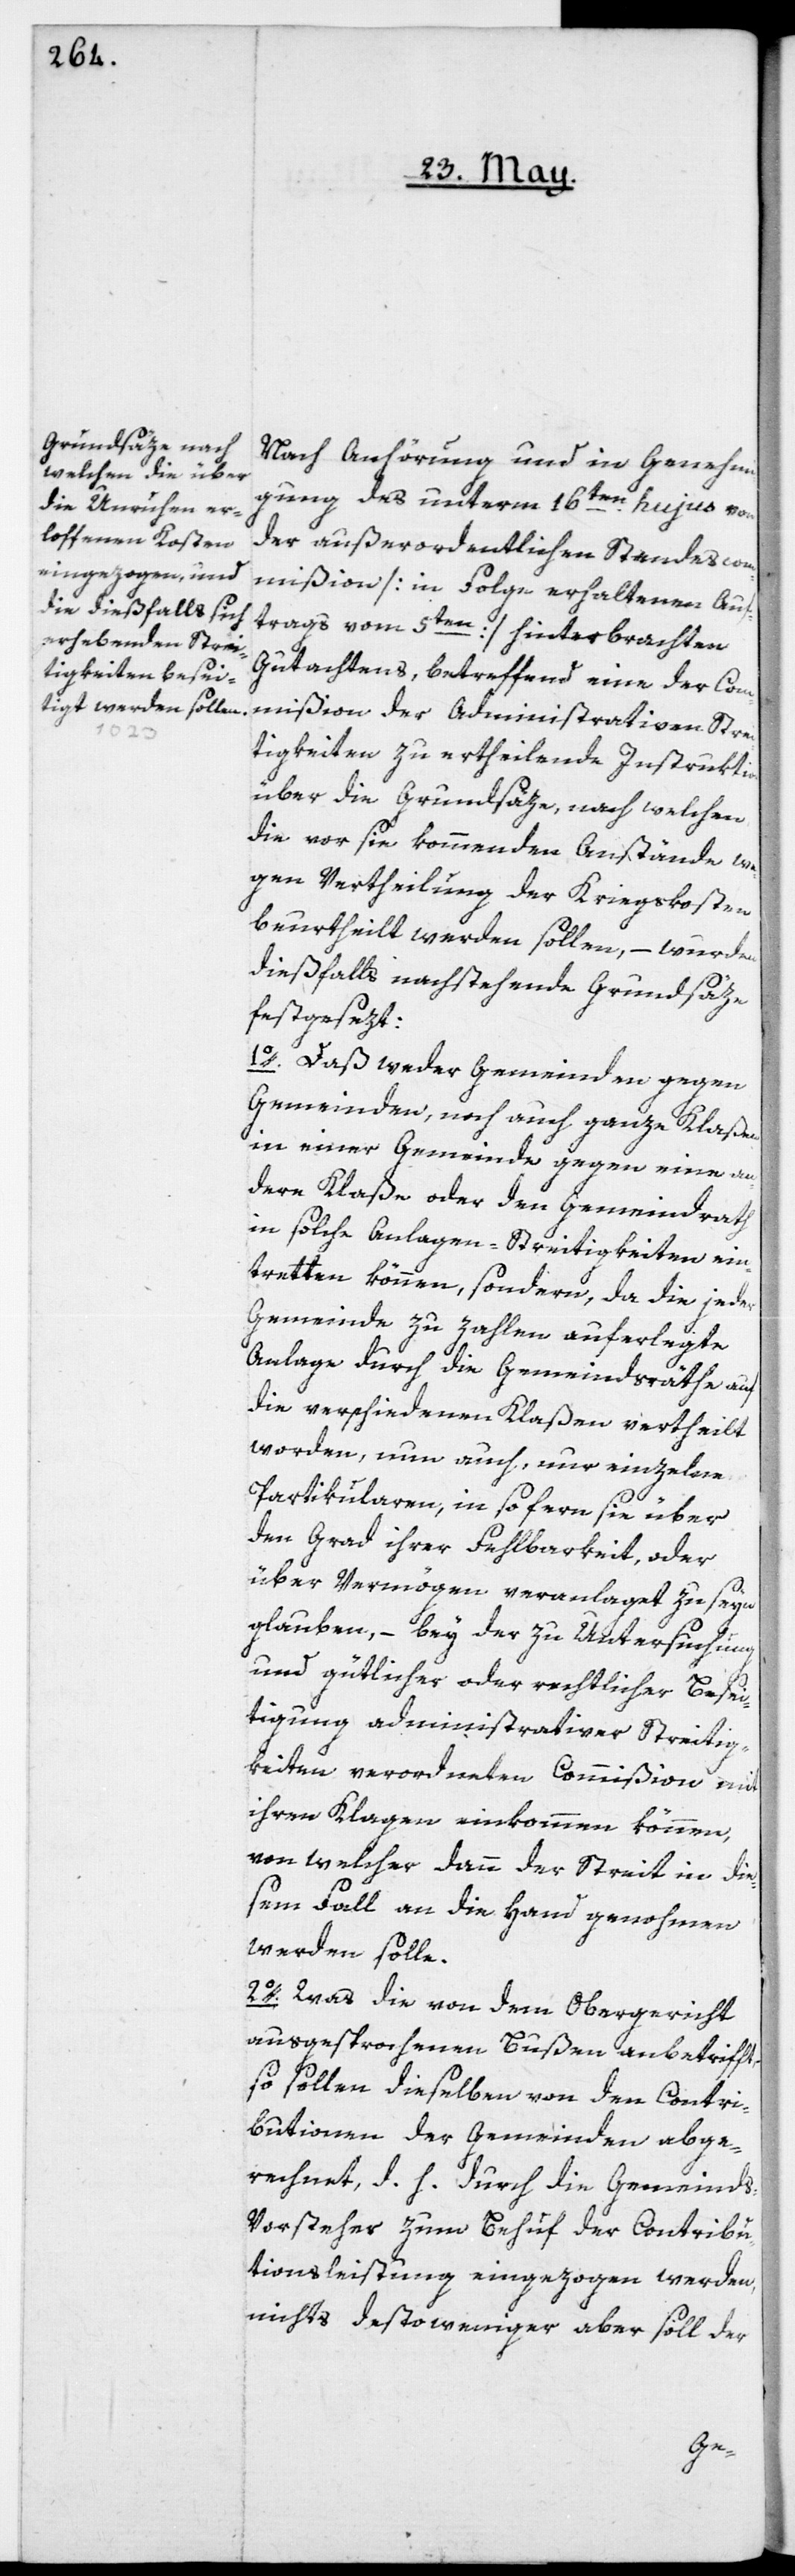
Nach Anhörung und in Genehmi¬
gung des unterm 16ten hujus von
der außerordentlichen Standescom¬
mißion [in Folge erhaltenen Auf¬
trags vom 5ten] hinterbrachten
Gutachtens, betreffend eine der Com¬
mißion der administrativen Stre¬
itigkeiten zu ertheilende Instruktion
über die Grundsäze, nach welchen,
die vor sie kommenden Anstände we¬
gen Vertheilung der Kriegskosten
beurtheilt werden sollen, – wurden
dießfalls nachstehende Grundsäze
festgesezt:
1o. Daß weder Gemeinden gegen
Gemeinden, noch auch ganze Klaßen
in einer Gemeinde gegen eine an¬
dere Klaße oder den Gemeindrath
in solche Anlagen-Streitigkeiten ein¬
tretten können, sondern, da die jeder
Gemeinde zu zahlen auferlegte
Anlage durch die Gemeindsräthe auf
die verschiedenen Klaßen vertheilt
worden, nun auch nur, einzelnen
Partikularen, in sofern sie über
den Grad ihrer Fehlbarkeit, oder
über Vermögen veranlaget zu seyn
glauben, – bey der zu Untersuchung
und gütlicher oder rechtlicher Besei¬
tigung administrativer Streitig¬
keiten verordneten Commißion mit
ihren Klagen einkommen können,
von welcher dann der Streit in die¬
sem Fall an die Hand genohmen
werden solle.
2o. Was die von dem Obergericht
ausgesprochenen Bußen anbetrifft,
so sollen dieselben von den Contri¬
butionen der Gemeinden abge¬
rechnet, d. h. durch die Gemeind¬
s-Vorsteher zu Behuf der Contribu¬
tionsleistung eingezogen werden,
nichts destoweniger aber soll der